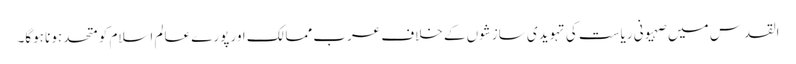
القدس میں صہیونی ریاست کی تہویدی سازشوں کے خلاف عرب ممالک اور پورے عالم اسلام کو متحد ہونا ہوگا۔